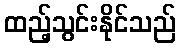
ထည့်သွင်းနိုင်သည်